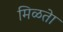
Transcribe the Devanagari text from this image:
मिळतेा